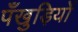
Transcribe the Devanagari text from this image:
पँखुड़ियों